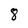
Character: 8